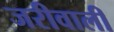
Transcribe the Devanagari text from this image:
जरीवाली